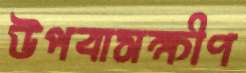
উপবাসক্ষীণ